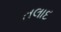
તલાદ